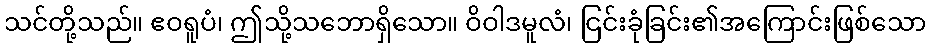
သင်တို့သည်။ ဧဝရူပံ၊ ဤသို့သဘောရှိသော။ ဝိဝါဒမူလံ၊ ငြင်းခုံခြင်း၏အကြောင်းဖြစ်သော